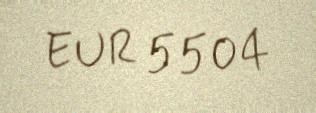
EUR 5504